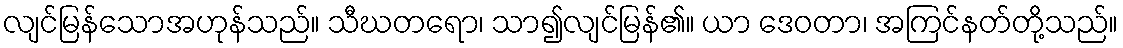
လျင်မြန်သောအဟုန်သည်။ သီဃတရော၊ သာ၍လျင်မြန်၏။ ယာ ဒေဝတာ၊ အကြင်နတ်တို့သည်။